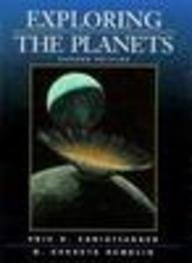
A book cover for Exploring the Planets (2nd Edition); Eric H. Christiansen; Science & Math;